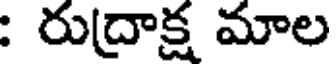
: రుద్రాక్ష మాల